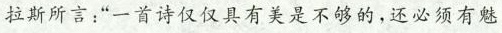
拉斯所言:“一首诗仅仅具有美是不够的,还必须有魅